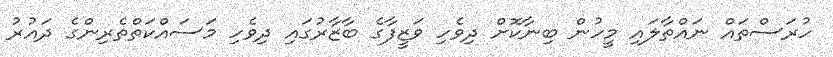
ހުރަސްތައް ނައްތާލައި މީހުން ބިނާކޮށް ދިވެހި ވަޒީފާގެ ބާޒާރުގައި ދިވެހި މަސައްކަތްތެރިންގެ ދައުރު